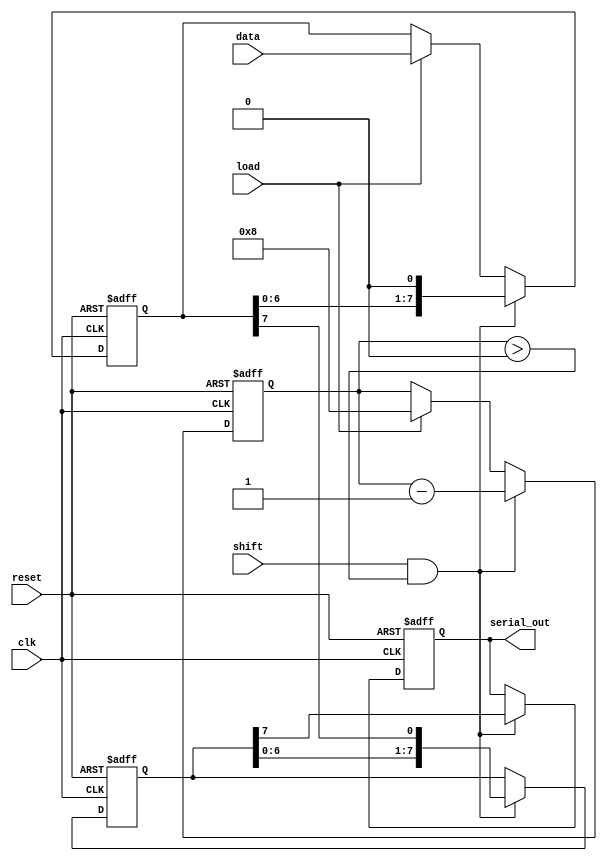
module TwoStagePISO #(
    parameter N = 8  // Width of the data
)(
    input wire clk,          // Clock signal
    input wire reset,        // Asynchronous reset
    input wire load,         // Load control signal
    input wire shift,        // Shift control signal
    input wire [N-1:0] data, // Parallel input data
    output reg serial_out     // Serial output
);

    // Intermediate registers
    reg [N-1:0] input_stage;  // Input stage register
    reg [N-1:0] intermediate_stage; // Intermediate stage register
    reg [3:0] shift_counter;   // Counter for shifting out bits (max N bits)

    always @(posedge clk or posedge reset) begin
        if (reset) begin
            input_stage <= 0;
            intermediate_stage <= 0;
            serial_out <= 0;
            shift_counter <= 0;
        end else begin
            if (load) begin
                // Load data into the input stage
                input_stage <= data;
                shift_counter <= N; // Set counter to N to indicate full shift
            end
            
            if (shift && shift_counter > 0) begin
                // Shift operation
                intermediate_stage <= {intermediate_stage[N-2:0], input_stage[N-1]};
                serial_out <= intermediate_stage[N-1]; // Output the MSB of intermediate stage
                // Remove the shifted bit from the input stage
                input_stage <= {input_stage[N-2:0], 1'b0};
                shift_counter <= shift_counter - 1; // Decrement the shift counter
            end
        end
    end

endmodule